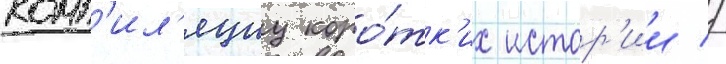
комп'ил'яциу коро́тк'их истор'ии //